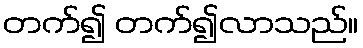
တက်၍ တက်၍လာသည်။